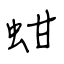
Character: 蚶